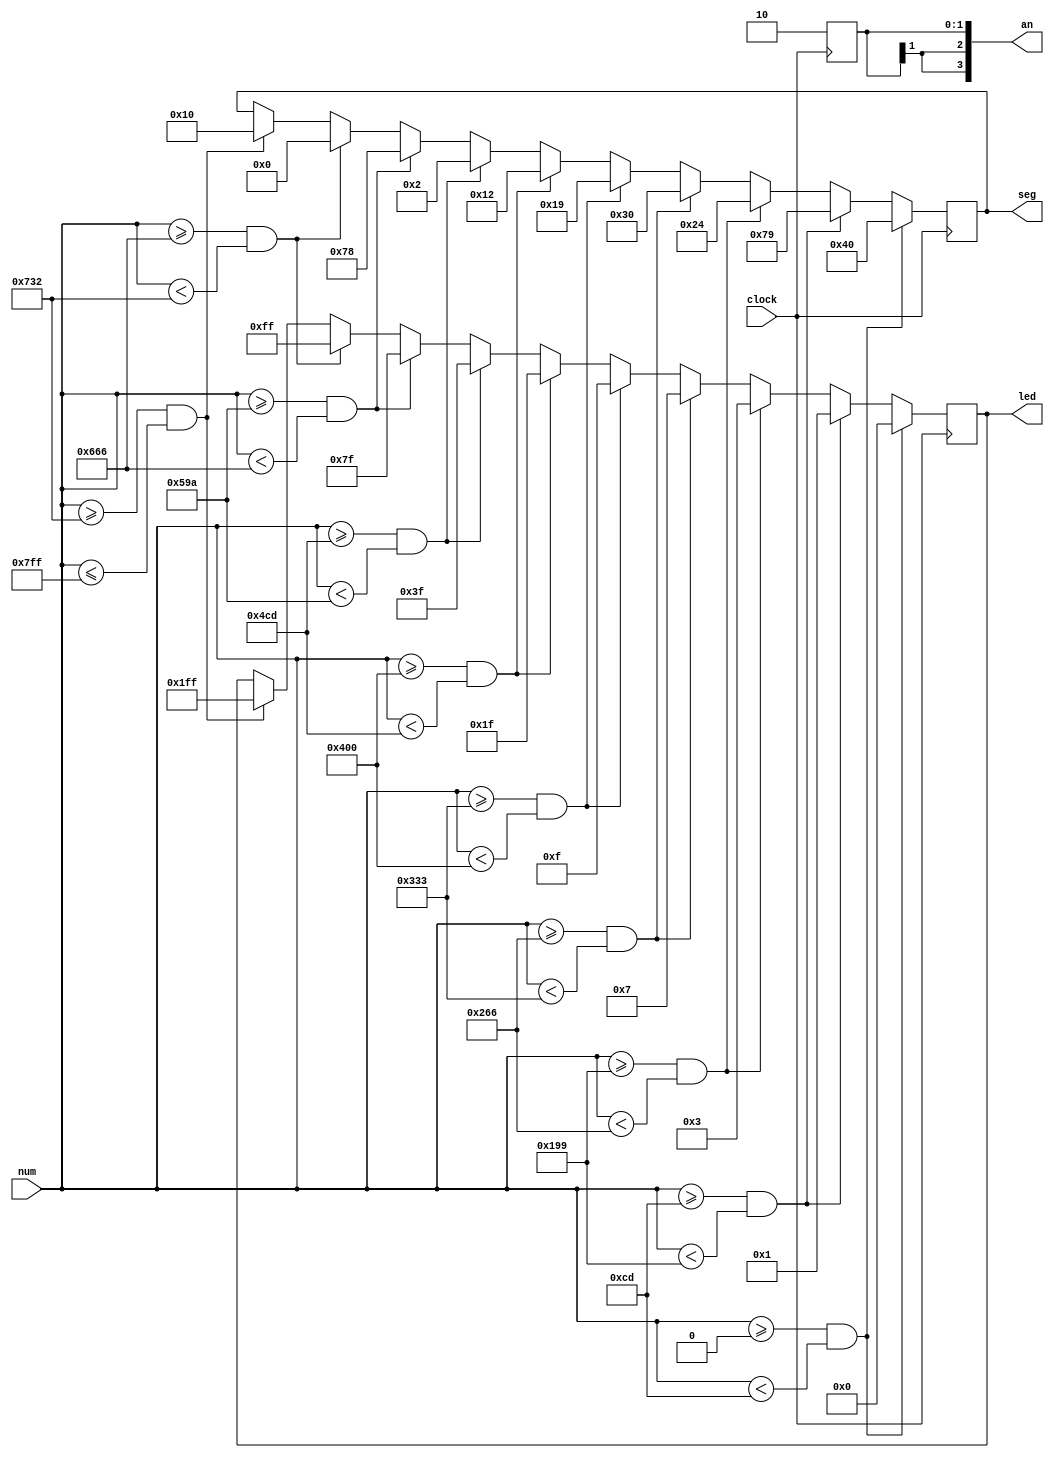
`timescale 1ns / 1ps
//////////////////////////////////////////////////////////////////////////////////
// Company: 
// Engineer: 
// 
// Design Name: 
// Module Name: show_display
// Project Name: 
// Target Devices: 
// Tool Versions: 
// Description: 
// 
// Dependencies: 
// 
// Revision:
// Revision 0.01 - File Created
// Additional Comments:
// 
//////////////////////////////////////////////////////////////////////////////////


module show_display(
    input [10:0] num, 
    input clock, 
    output reg [8:0] led = 0,
    output reg [3:0] an = ~4'b0,
    output reg [6:0] seg = ~7'b0
    );
    
    //display digit on 7seg and led
    //    reg [6:0] seg_val;
    //    reg [8:0] led_val;
    always @ (posedge clock) begin
        if (num >= 0 && num < 205)
            begin  
                seg = 7'b1000000;
                led = 9'h000;
            end
        else if (num >= 205 && num < 409)
            begin
                seg = 7'b1111001;
                led = 9'h001;
            end
        else if (num >= 409 && num < 614)
            begin
                seg = 7'b0100100;
                led = 9'h003;
            end
        else if (num >= 614 && num < 819)
            begin
                seg = 7'b0110000;
                led = 9'h007;
            end
        else if (num >= 819 && num < 1024)
            begin 
                seg = 7'b0011001;
                led = 9'h00f;
            end
        else if (num >= 1024 && num < 1229)
            begin 
                seg = 7'b0010010;
                led = 9'h01f;
            end
        else if (num >= 1229 && num < 1434)
            begin
                seg = 7'b0000010;
                led = 9'h03f;
            end
        else if (num >= 1434 && num < 1638)
            begin
                seg = 7'b1111000;
                led = 9'h07f;
            end
        else if (num >= 1638 && num < 1842)
            begin
                seg = 7'b0;
                led = 9'h0ff;
            end
        else if (num >= 1842 && num <= 2047)
            begin 
                seg = 7'b0010000;
                led = 9'h1ff;
            end
        
        an <= 4'b1110;
    
    end

endmodule